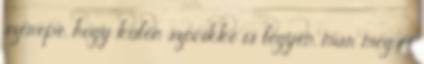
szerepe, hogy külön szócikke is legyen, már meg is